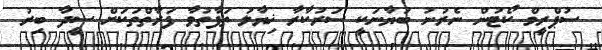
ސުޕްރީމް ކޯޓުން ނެރުނު ބަޔާނަކީ ސަރުކާރާ ޚިޔާލު ތަފާތުވާ ފަރާތްތަކަށް ސީދާ ބިރު